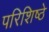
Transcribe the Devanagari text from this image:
परिशिष्ठे